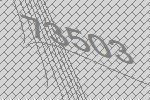
73503